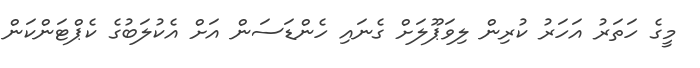
މީގެ ހަތަރު އަހަރު ކުރިން ލިވަޕޫލަށް ގެނައި ހެންޑަސަން އަށް އެކުލަބުގެ ކެޕްޓަންކަން